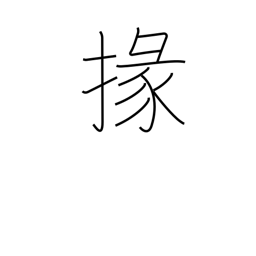
Meaning: subordinate official